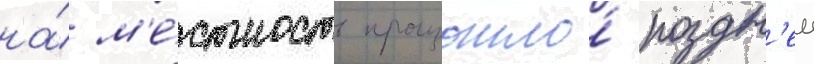
на́ м'е́стность произошло́ поздн'еи